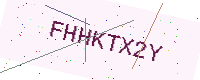
Text: FHHKTX2Y